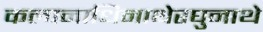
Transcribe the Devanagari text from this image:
कल्पनाधिनाथेरघुनाथे